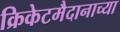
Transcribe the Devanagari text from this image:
क्रिकेटमैदानाच्या